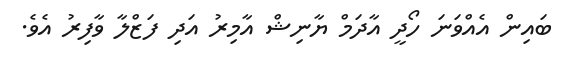
ބައިން އެއްވަނަ ހޯދީ އާދަމް ޔާނިޝް އާމިރު އަދި ފަޒްލާ ވާފިރު އެވެ.